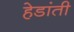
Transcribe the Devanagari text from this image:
हेडांती